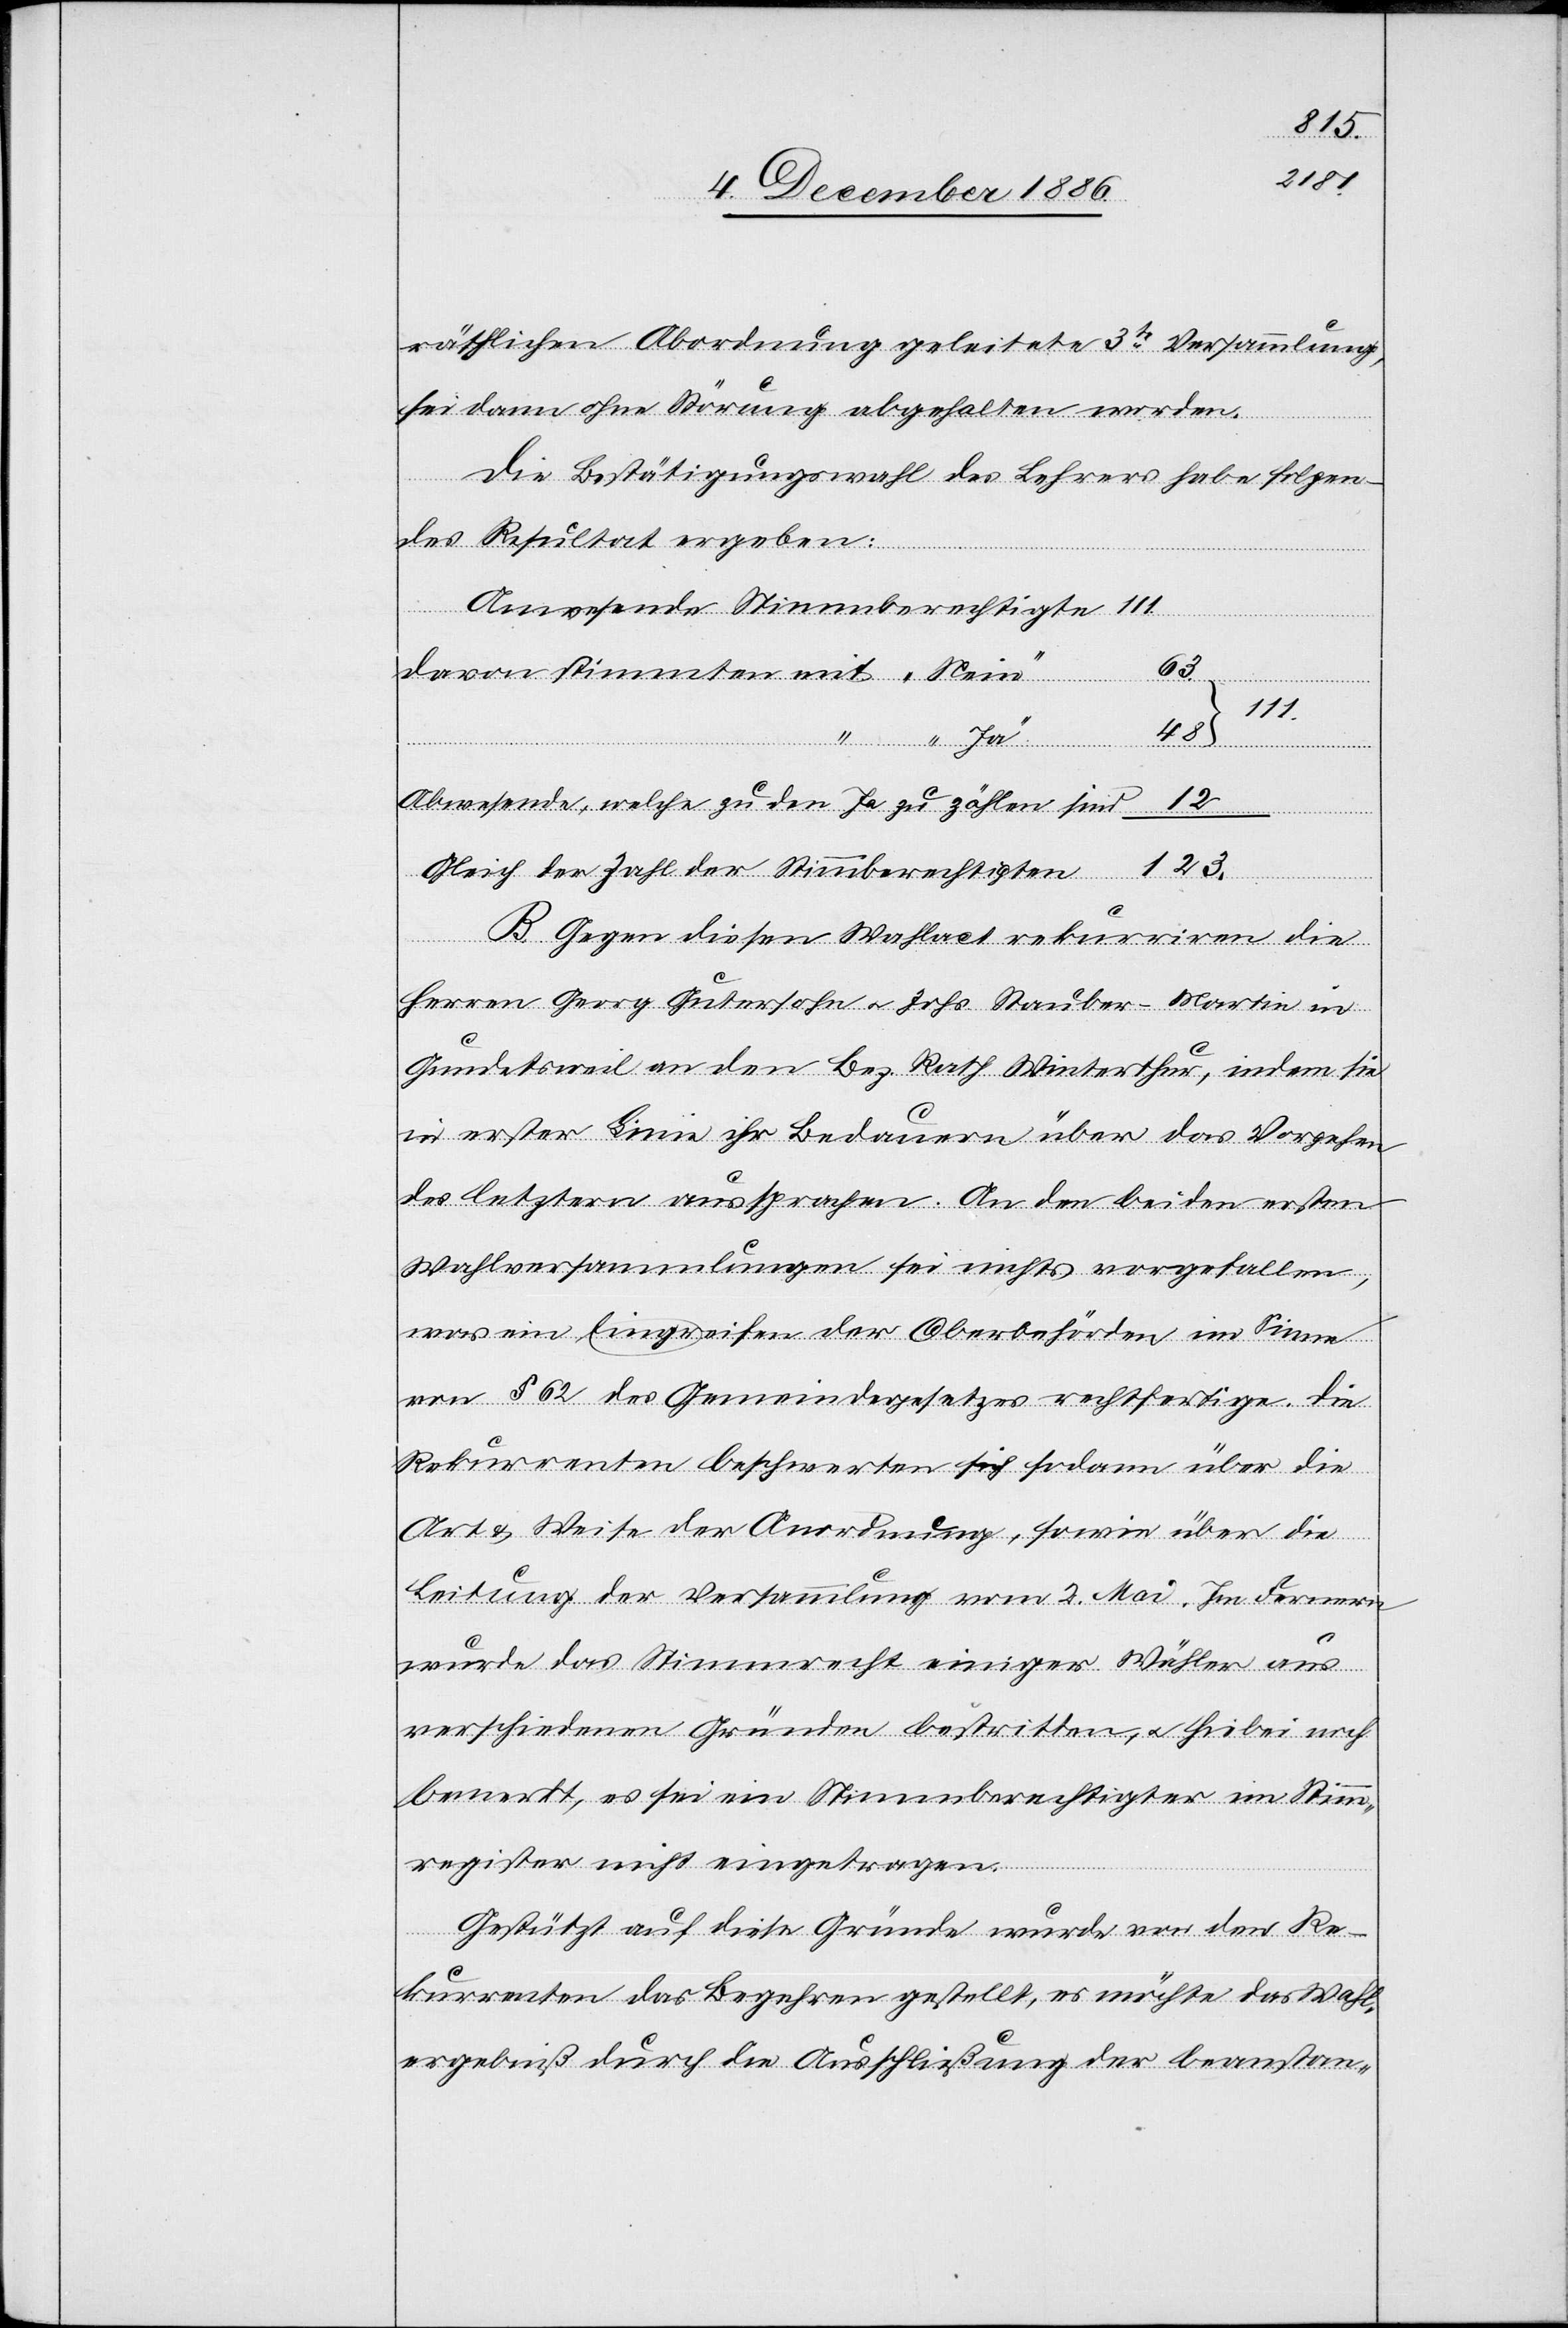
räthlichen Abordnung geleitete 3te Versammlung,
sei dann ohne Störung abgehalten worden.
Die Bestätigungswahl des Lehrers habe folgen¬
des Resultat ergeben:
Anwesende Stimmberechtigte
„Nein“
123.
Abwesende, welche zu den Ja zu zählen sind
Gleich der Zahl der Stimmberechtigten
stimmten
„Ja“
B. Gegen diesen Wahlact rekurriren die
Herren Georg Gutersohn & Johs. Stauber-Martin in
Gundetsweil an den Bez. Rath Winterthur, indem sie
in erster Linie ihr Bedauern über das Vorgehen
des letztern aussprachen. An den beiden ersten
Wahlversammlungen sei nichts vorgefallen,
was ein Eingreifen der Oberbehörden im Sinne
von § 62 des Gemeindegesetzes rechtfertige. Die
Rekurrenten beschwerten sich sodann über die
Art & Weise der Anordnung, sowie über die
Leitung der Versammlung vom 2. Mai. Im Fernern
wurde das Stimmrecht einiger Wähler aus
verschiedenen Gründen bestritten, & hiebei noch
bemerkt, es sei ein Stimmberechtigter im Stim¬
mregister nicht eingetragen.
Gestützt auf diese Gründe wurde von den Re¬
kurrenten das Begehren gestellt, es möchte das Wahl¬
ergebniß durch die Ausschließung der beanstan-